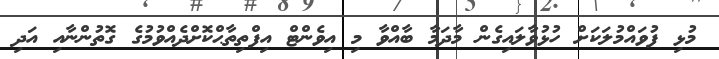
މުޅި ފުވައްމުލަކަށް ހުޅުވާލައިގެން މާދަމާ ބާއްވާ މި އިވެންޓް އިފްތިތާޙްކޮށްދެއްވުމުގެ ގޮތުންނާއި އަދި